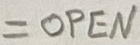
Text: =OPEN